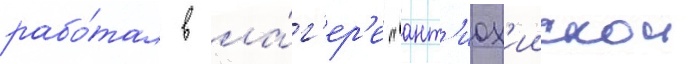
рабо́тал в ла́г'ер'е "ант'иох'иискои